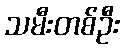
သမီးတစ်ဦး